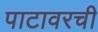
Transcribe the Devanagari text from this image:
पाटावरची